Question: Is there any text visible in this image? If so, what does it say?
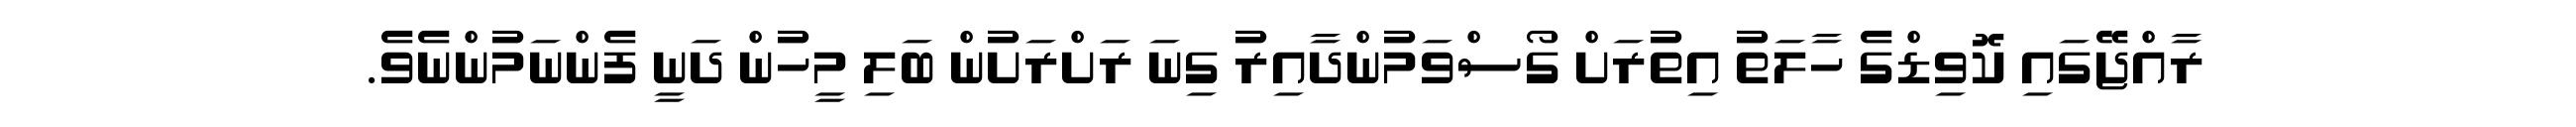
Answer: ރާއްޖޭގައި ކޮވިޑްގެ ހާލަތު އިތުރަށް ގޯސްވަމުންދާއިރު ގިނަ ރަށްރަށުން ބަލި މީހުން ދަނީ ފެންނަމުންނެވެ.